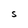
Character: S